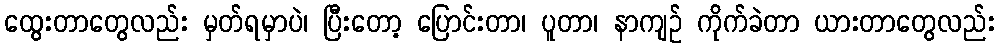
ထွေးတာတွေလည်း မှတ်ရမှာပဲ၊ ပြီးတော့ ပြောင်းတာ၊ ပူတာ၊ နာကျဉ် ကိုက်ခဲတာ ယားတာတွေလည်း